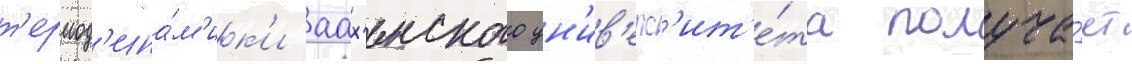
т'ермод'ина́м'ик'и аах'енского ун'ив'ерс'ит'е́та получа́ет